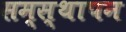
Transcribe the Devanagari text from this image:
सम्स्थापन